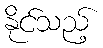
နိုင်သည့်